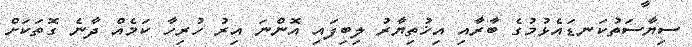
ސިޔާސަތުކަނޑައެޅުމުގެ ބާރާއި އިޚުތިޔާރު ލިބިފައި އޮންނަ އިރު ހުރިހާ ކަމެއް ދާނެ ގޮތަކަށް